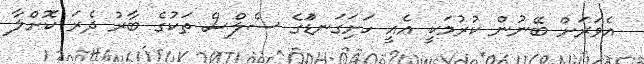
އެވަރަށް ބޭނުން ކުރުމަކީ އެއީ ހަށަިގަނޑަުގެ ސެލްސް ތަކުގެ ބާރު ދެރަ ކޮށްލާ